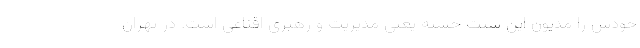
خودش را مدیون این سنت حسنه یعنی مدیریت و رهبری اقناعی است. در تهران